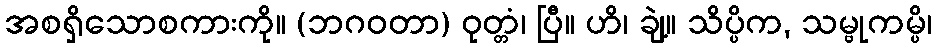
အစရှိသောစကားကို။ (ဘဂဝတာ) ဝုတ္တံ၊ ပြီ။ ဟိ၊ ချဲ့။ သိပ္ပိက, သမ္ဗုကမ္ပိ၊